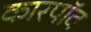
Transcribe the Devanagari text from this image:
कारपॉव